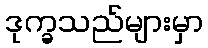
ဒုက္ခသည်များမှာ